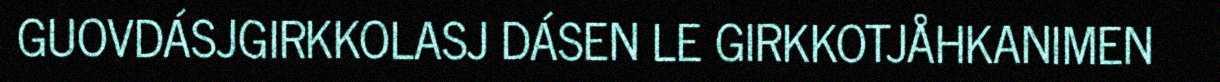
GUOVDÁSJGIRKKOLASJ DÁSEN LE GIRKKOTJÅHKANIMEN